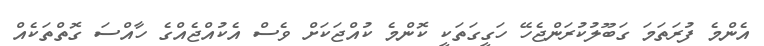
އެންމެ ފުރަތަމަ ގަބޫލުކުރަންޖެހޭ ހަގީގަތަކީ ކޮންމެ ކުއްޖަކަށް ވެސް އެކުއްޖެއްގެ ހާއްސަ ގޮތްތަކެއް